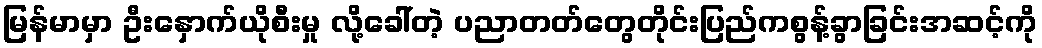
မြန်မာမှာ ဦးနှောက်ယိုစီးမှု လို့ခေါ်တဲ့ ပညာတတ်တွေတိုင်းပြည်ကစွန့်ခွာခြင်းအဆင့်ကို